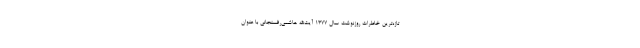
تازه‌ترین خاطرات روزنوشت سال 1377 آیت‌الله هاشمی‌رفسنجانی با عنوان